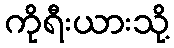
ကိုရီးယားသို့